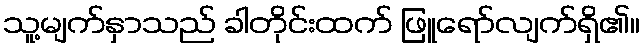
သူ့မျက်နှာသည် ခါတိုင်းထက် ဖြူရော်လျက်ရှိ၏။